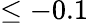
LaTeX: \leq-0.1